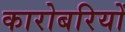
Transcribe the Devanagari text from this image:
कारोबरियोँ